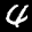
Label: 4